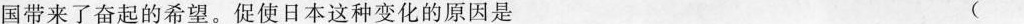
国带来了奋起的希望。促使日本这种变化的原因是 ()